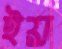
ইয়